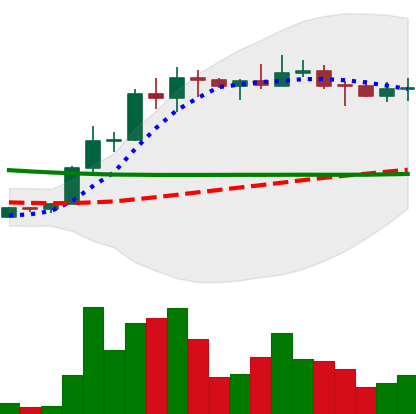
Ticker: ETC-USD
Chart end date: 2022-04-04
Forward return: -10.57%
Label: down_7plus